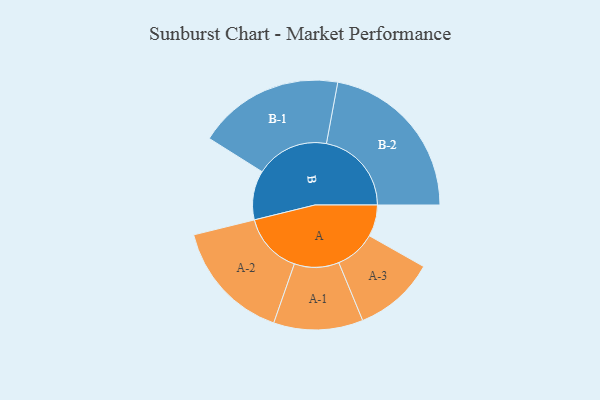
{"axis": {"x": "Segment", "y": "Value"}, "legend": ["", "A", "B"], "data": [{"x": "A", "y": 111, "type": ""}, {"x": "B", "y": 173, "type": ""}, {"x": "A-1", "y": 157, "type": "A"}, {"x": "A-2", "y": 214, "type": "A"}, {"x": "A-3", "y": 143, "type": "A"}, {"x": "B-1", "y": 257, "type": "B"}, {"x": "B-2", "y": 299, "type": "B"}]}